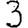
Digit: 3